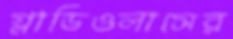
গ্লাডিওলাসের